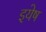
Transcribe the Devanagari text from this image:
इयेष